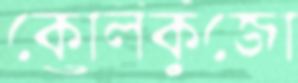
কোলকুঁজো